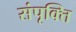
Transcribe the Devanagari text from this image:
संपृक्ति